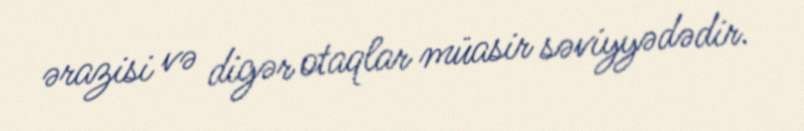
ərazisi və digər otaqlar müasir səviyyədədir.